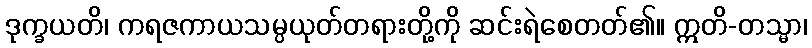
ဒုက္ခယတိ၊ ကရဇကာယသမ္ပယုတ်တရားတို့ကို ဆင်းရဲစေတတ်၏။ ဣတိ-တသ္မာ၊